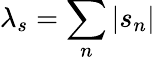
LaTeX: \lambda_{s}=\sum_{n}|s_{n}|